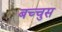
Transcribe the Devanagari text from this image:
बच्चुस